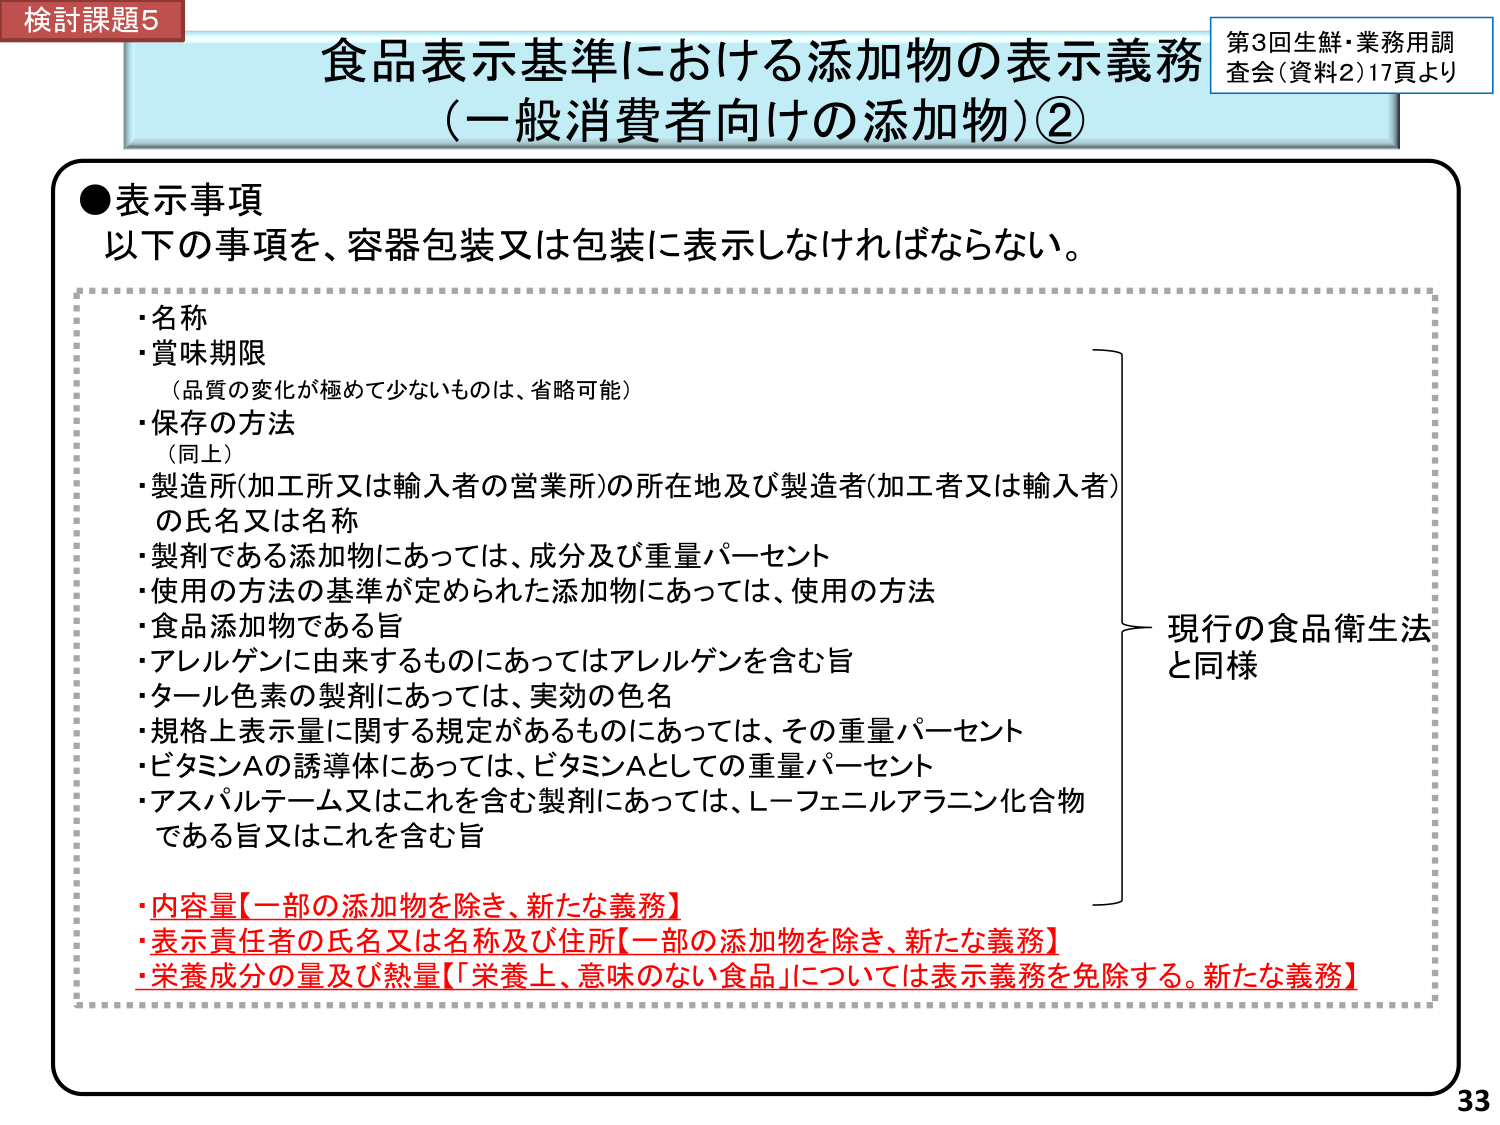
検討課題5
食品表示基準における添加物の表示義務
（一般消費者向けの添加物）②
第3回生鮮・業務用調査会（資料2）17頁より

●表示事項
以下の事項を、容器包装又は包装に表示しなければならない。

・名称
・賞味期限
　（品質の変化が極めて少ないものは、省略可能）
・保存の方法
　（同上）
・製造所（加工所又は輸入者の営業所）の所在地及び製造者（加工者又は輸入者）の氏名又は名称
・製剤である添加物にあっては、成分及び重量パーセント
・使用の方法の基準が定められた添加物にあっては、使用の方法
・食品添加物である旨
・アレルゲンに由来するものにあってはアレルゲンを含む旨
・タール色素の製剤にあっては、実効の色名
・規格上表示量に関する規定があるものにあっては、その重量パーセント
・ビタミンAの誘導体にあっては、ビタミンAとしての重量パーセント
・アスパルテーム又はこれを含む製剤にあっては、L-フェニルアラニン化合物である旨又はこれを含む旨

・内容量【一部の添加物を除き、新たな義務】
・表示責任者の氏名又は名称及び住所【一部の添加物を除き、新たな義務】
・栄養成分の量及び熱量【栄養上、意味のない食品】については表示義務を免除する。新たな義務】

現行の食品衛生法と同様

33